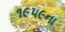
૧૯૫૯ના